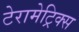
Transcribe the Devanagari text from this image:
टेरामेट्रिक्स